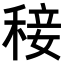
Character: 𥟣